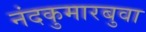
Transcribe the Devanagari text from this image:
नंदकुमारबुवा